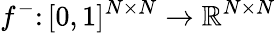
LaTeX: f^{-}\colon[0,1]^{N\times N}\rightarrow\mathbb{R}^{N\times N}